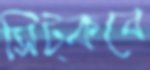
সিট্‌কবে